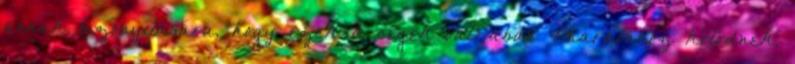
annak bizonyítására, hogy ezek a cégek valójában Pharaonhoz kötődnek,